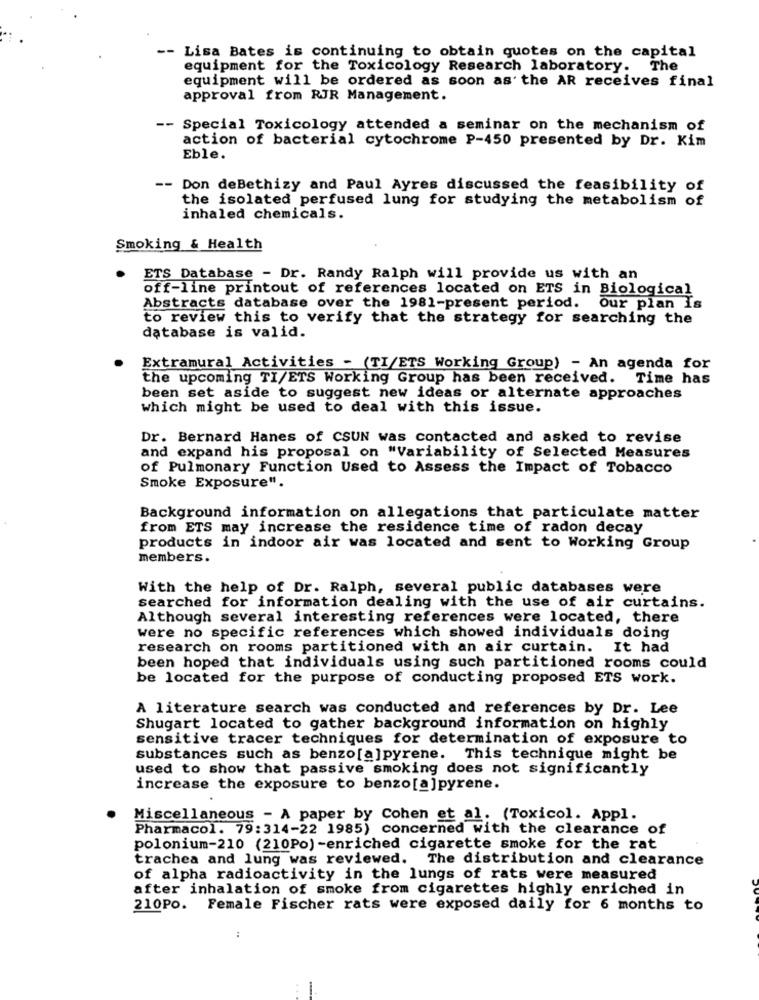
-- Lisa Bates is continuing to obtain quotes on the capital
equipment for the Toxicology Research laboratory. The
equipment will be ordered as soon as the AR receives final
approval from RJR Management.
-- Special Toxicology attended a seminar on the mechanism of
action of bacterial cytochrome P-450 presented by Dr. Kim
Eble.
-- Don deBethizy and Paul Ayres discussed the feasibility of
the isolated perfused lung for studying the metabolism of
inhaled chemicals.
Smoking & Health
ETS Database - Dr. Randy Ralph will provide us with an
off-line printout of references located on ETS in Biological
Abstracts database over the 1981-present period. Our plan Is
to review this to verify that the strategy for searching the
database is valid.
Extramural Activities - (TI/ETS Working Group) - An agenda for
the upcoming TI/ETS Working Group has been received. Time has
been set aside to suggest new ideas or alternate approaches
which might be used to deal with this issue.
Dr. Bernard Hanes of CSUN was contacted and asked to revise
and expand his proposal on "Variability of Selected Measures
of Pulmonary Function Used to Assess the Impact of Tobacco
Smoke Exposure".
Background information on allegations that particulate matter
from ETS may increase the residence time of radon decay
products in indoor air was located and sent to Working Group
members.
With the help of Dr. Ralph, several public databases were
searched for information dealing with the use of air curtains.
Although several interesting references were located, there
were no specific references which showed individuals doing
research on rooms partitioned with an air curtain. It had
been hoped that individuals using such partitioned rooms could
be located for the purpose of conducting proposed ETS work.
A literature search was conducted and references by Dr. Lee
Shugart located to gather background information on highly
sensitive tracer techniques for determination of exposure to
substances such as benzo[a]pyrene. This technique might be
used to show that passive smoking does not significantly
increase the exposure to benzo[a]pyrene.
Miscellaneous - A paper by Cohen et al. (Toxicol. Appl.
Pharmacol. 79:314-22 1985) concerned with the clearance of
polonium-210 (210Po) -enriched cigarette smoke for the rat
trachea and lung was reviewed. The distribution and clearance
of alpha radioactivity in the lungs of rats were measured
after inhalation of smoke from cigarettes highly enriched in
210Po. Female Fischer rats were exposed daily for 6 months to
: